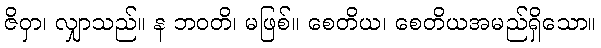
ဇိဝှာ၊ လျှာသည်။ န ဘဝတိ၊ မဖြစ်။ စေတိယ၊ စေတိယအမည်ရှိသော။